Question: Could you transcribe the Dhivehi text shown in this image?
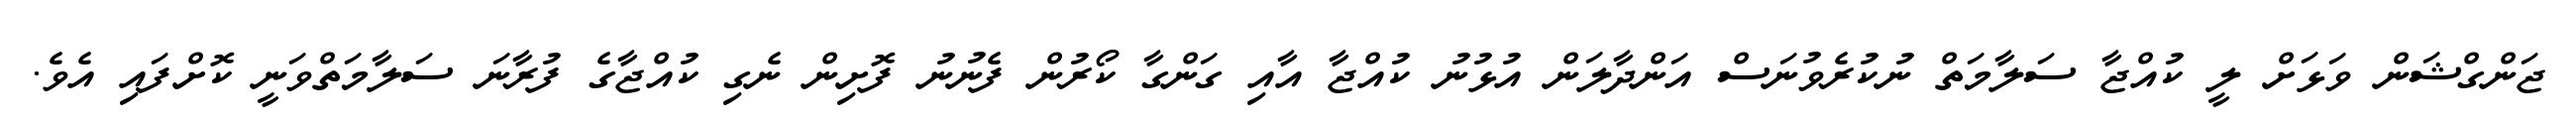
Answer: ޖަންގްޝަން ވަޅަށް ލީ ކުއްޖާ ސަލާމަތް ނުކުރެވުނަސް އަންދާލަން އުޅުނު ކުއްޖާ އާއި ގަންގާ ކޯރުން ފެނުނު ފޮށިން ނެގި ކުއްޖާގެ ފުރާނަ ސަލާމަތްވަނީ ކޮށްފައި އެވެ.